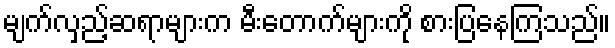
မျက်လှည့်ဆရာများက မီးတောက်များကို စားပြနေကြသည်။